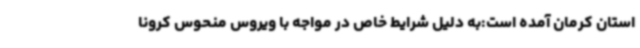
استان کرمان آمده است:به دلیل شرایط خاص در مواجه با ویروس منحوس کرونا